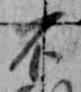
不